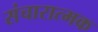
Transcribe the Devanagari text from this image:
संचारात्मक